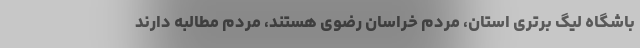
باشگاه لیگ برتری استان، مردم خراسان رضوی هستند، مردم مطالبه دارند